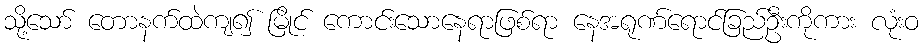
သို့သော် တောနက်ထဲကျ၍ မြိုင် ကောင်းသောနေရာဖြစ်ရာ နေအရုဏ်ရောင်ခြည်ဦးကိုကား လုံးဝ